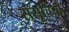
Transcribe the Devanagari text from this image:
संसूचियाँ